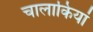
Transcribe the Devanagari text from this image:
चालाकियां